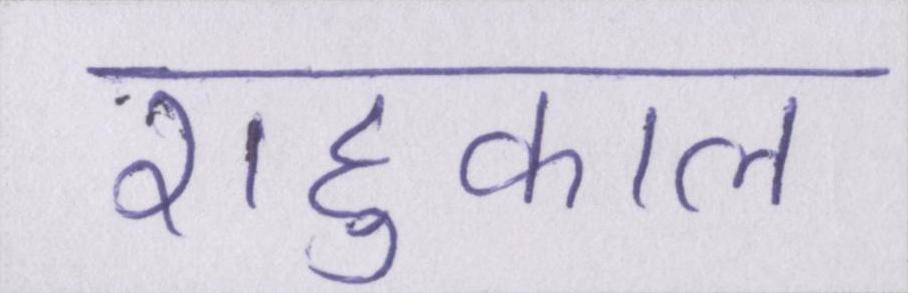
राहुकाल